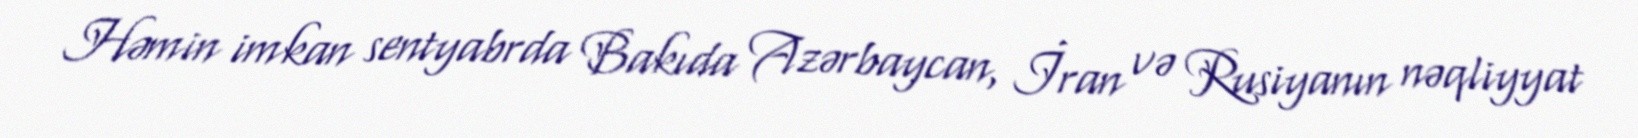
Həmin imkan sentyabrda Bakıda Azərbaycan, İran və Rusiyanın nəqliyyat